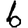
Digit: 6